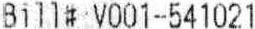
BILL#:V001-541021